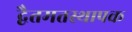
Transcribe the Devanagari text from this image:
द्वैतमतस्थापक